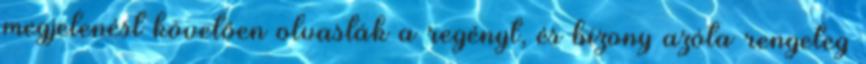
megjelenést követően olvasták a regényt, és bizony azóta rengeteg